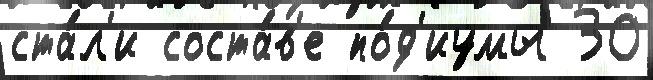
ста́л'и соста́в'е по́д'иумы 30